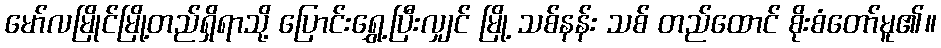
မော်လမြိုင်မြို့တည်ရှိရာသို့ ပြောင်းရွှေ့ပြီးလျှင် မြို့ သစ်နန်း သစ် တည်ထောင် စိုးစံတော်မူ၏။